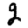
Digit: 2